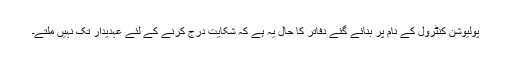
پولیوشن کنٹرول کے نام پر بنائے گئے دفاتر کا حال یہ ہے کہ شکایت درج کرنے کے لئے عہدیدار تک نہیں ملتے۔